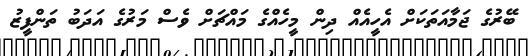
ބޭރުގެ ޖަމާއަތަކަށް އެހީއެއް ދިން މީހެއްގެ މައްޗަށް ވެސް މަރުގެ އަދަބު ތަންފީޒު